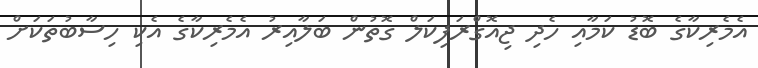
އެމެރިކާގެ ބޮޑު ކަމާއި ހެދި ޖިއޮގްރަފިކަލް ގޮތުން ބަލާއިރު އެމެރިކާގެ އެކި ހިސާބުތަކަށް